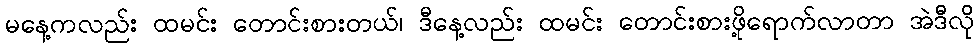
မနေ့ကလည်း ထမင်း တောင်းစားတယ်၊ ဒီနေ့လည်း ထမင်း တောင်းစားဖို့ရောက်လာတာ အဲဒီလို